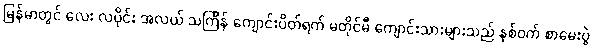
မြန်မာတွင် လေး လပိုင်း အလယ် သင်္ကြန် ကျောင်းပိတ်ရက် မတိုင်မီ ကျောင်းသားများသည် နှစ်ဝက် စာမေးပွဲ